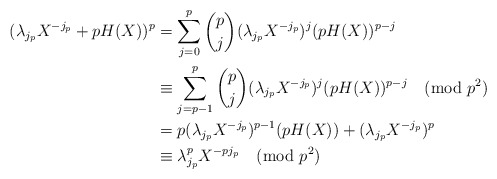
\begin{align*}(\lambda_{j_p} X^{-j_p} + p H(X))^p &= \sum^p_{j=0} \binom{p}{j} (\lambda_{j_p} X^{-j_p})^j(p H(X))^{p-j} \\ &\equiv \sum^p_{j=p-1} \binom{p}{j} (\lambda_{j_p} X^{-j_p})^j (p H(X))^{p-j} \pmod{p^2} \\ &= p(\lambda_{j_p} X^{-j_p})^{p-1} (p H(X)) + (\lambda_{j_p} X^{-j_p})^p \\ &\equiv \lambda_{j_p}^p X^{-p j_p} \pmod{p^2}\end{align*}